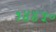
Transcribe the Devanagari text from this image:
१४४५०